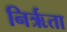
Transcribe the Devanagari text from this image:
निर्ऋता